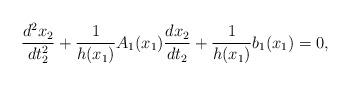
LaTeX: \begin{align*}\frac{d^2x_2}{dt_2^2}+\frac{1}{h(x_1)}A_1(x_1)\frac{dx_2}{dt_2}+\frac{1}{h(x_1)}b_1(x_1)=0,\end{align*}